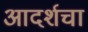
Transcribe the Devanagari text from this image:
आदर्शचा